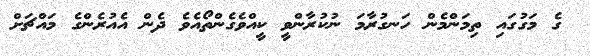
ގެ މަގުގައި ތިމަންމެން ހަނގުރާމަ ނުކުރާންވީ ކީއްވެގެންތޯއެވެ ދެން އެއުރެންގެ މައްޗަށް